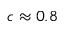
c \approx 0 . 8